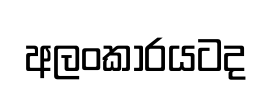
අලංකාරයටද